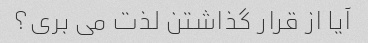
آیا از قرار گذاشتن لذت می بری؟